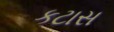
કટાસ